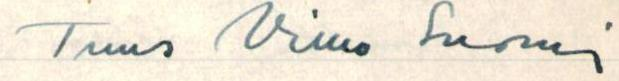
Tuus Vilho Suomi